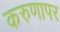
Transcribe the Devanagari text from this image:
करुणापर